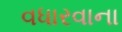
વધારવાના